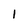
Character: 1